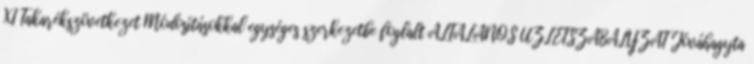
XI Takarékszövetkezet Módosításokkal egységes szerkezetbe foglalt ÁLTALÁNOS ÜZLETSZABÁLYZAT Jóváhagyta